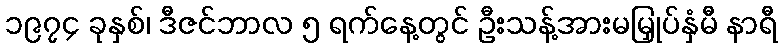
၁၉၇၄ ခုနှစ်၊ ဒီဇင်ဘာလ ၅ ရက်နေ့တွင် ဦးသန့်အားမမြှုပ်နှံမီ နာရီ